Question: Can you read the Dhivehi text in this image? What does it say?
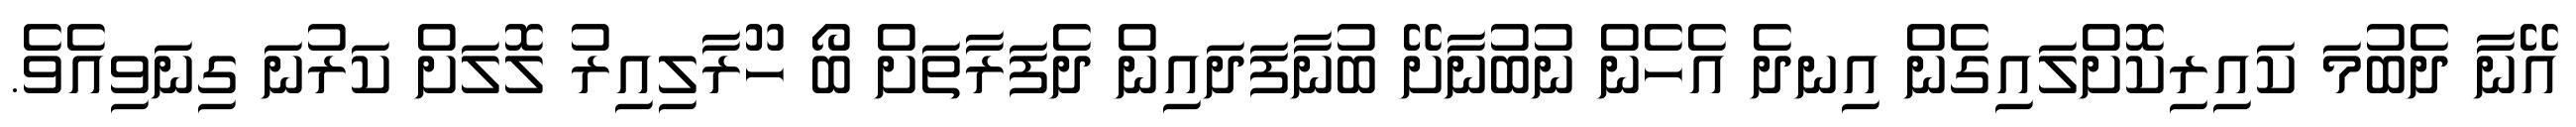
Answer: އޭނާ ދެބުމަ ކައިރިކޮށްލައިގެން އިނދެ އެހެން ނުބުނާށޭ ބުނާފަދައިން ދެފަރާތަށް ބޯ ހޫރާލިއިރު ލޮލަށް ކަރުނަ ގިނަވިއެވެ.